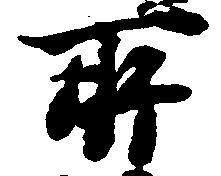
所